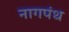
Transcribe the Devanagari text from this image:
नागपंथ